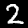
Digit: 2